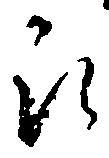
被